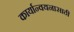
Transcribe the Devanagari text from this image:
कार्यान्वयनासाठी